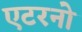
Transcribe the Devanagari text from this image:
एटरनो